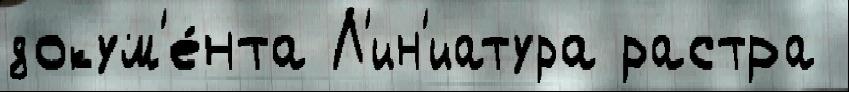
докум'е́нта Л'ин'иатура растра